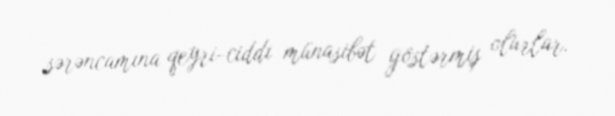
sərəncamına qeyri-ciddi münasibət göstərmiş olurlar.